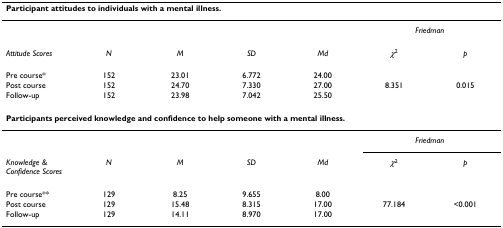
<table><thead><tr><td colspan="7"><b>Participant attitudes to individuals with a mental illness.</b></td></tr></thead><tbody><tr><td></td><td></td><td></td><td></td><td></td><td colspan="2"><i>Friedman</i></td></tr><tr><td><i>Attitude Scores</i></td><td><i>N</i></td><td><i>M</i></td><td><i>SD</i></td><td><i>Md</i></td><td><i>χ</i><sup>2</sup></td><td><i>p</i></td></tr><tr><td>Pre course*</td><td>152</td><td>23.01</td><td>6.772</td><td>24.00</td><td></td><td></td></tr><tr><td>Post course</td><td>152</td><td>24.70</td><td>7.330</td><td>27.00</td><td>8.351</td><td>0.015</td></tr><tr><td>Follow-up</td><td>152</td><td>23.98</td><td>7.042</td><td>25.50</td><td></td><td></td></tr><tr><td colspan="7"><b>Participants perceived knowledge and confidence to help someone with a mental illness.</b></td></tr><tr><td></td><td></td><td></td><td></td><td></td><td colspan="2"><i>Friedman</i></td></tr><tr><td><i>Knowledge &amp; Confidence Scores</i></td><td><i>N</i></td><td><i>M</i></td><td><i>SD</i></td><td><i>Md</i></td><td><i>χ</i><sup>2</sup></td><td><i>p</i></td></tr><tr><td>Pre course**</td><td>129</td><td>8.25</td><td>9.655</td><td>8.00</td><td></td><td></td></tr><tr><td>Post course</td><td>129</td><td>15.48</td><td>8.315</td><td>17.00</td><td>77.184</td><td>&lt;0.001</td></tr><tr><td>Follow-up</td><td>129</td><td>14.11</td><td>8.970</td><td>17.00</td><td></td><td></td></tr></tbody></table>